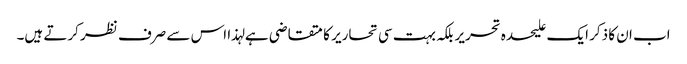
اب ان کا ذکر ایک علیحدہ تحریر بلکہ بہت سی تحاریر کا متقاضی ہے لہذا اس سے صرف نظر کرتے ہیں۔